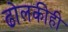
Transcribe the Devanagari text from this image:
ढोलकीही